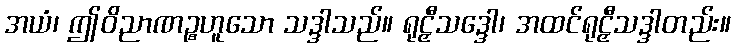
အယံ၊ ဤဝိညာဏဉ္စဟူသော သဒ္ဒါသည်။ ရုဠှီသဒ္ဒေါ၊ အထင်ရုဠှီသဒ္ဒါတည်း။